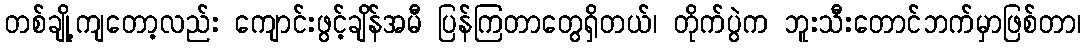
တစ်ချို့ကျတော့လည်း ကျောင်းဖွင့်ချိန်အမီ ပြန်ကြတာတွေရှိတယ်၊ တိုက်ပွဲက ဘူးသီးတောင်ဘက်မှာဖြစ်တာ၊